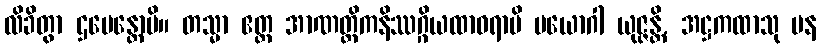
လိခိတွာ ဌပေန္တောပိ။ တသ္မာ ဧတ္ထ အာဏတ္တိကနိဿဂ္ဂိယထာဝရာပိ ပယောဂါ ယုဇ္ဇန္တိ, အဋ္ဌကထာသု ပန